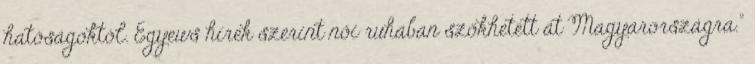
hatóságoktól. Egyews hírek szerint női ruhában szökhetett át Magyarországra."